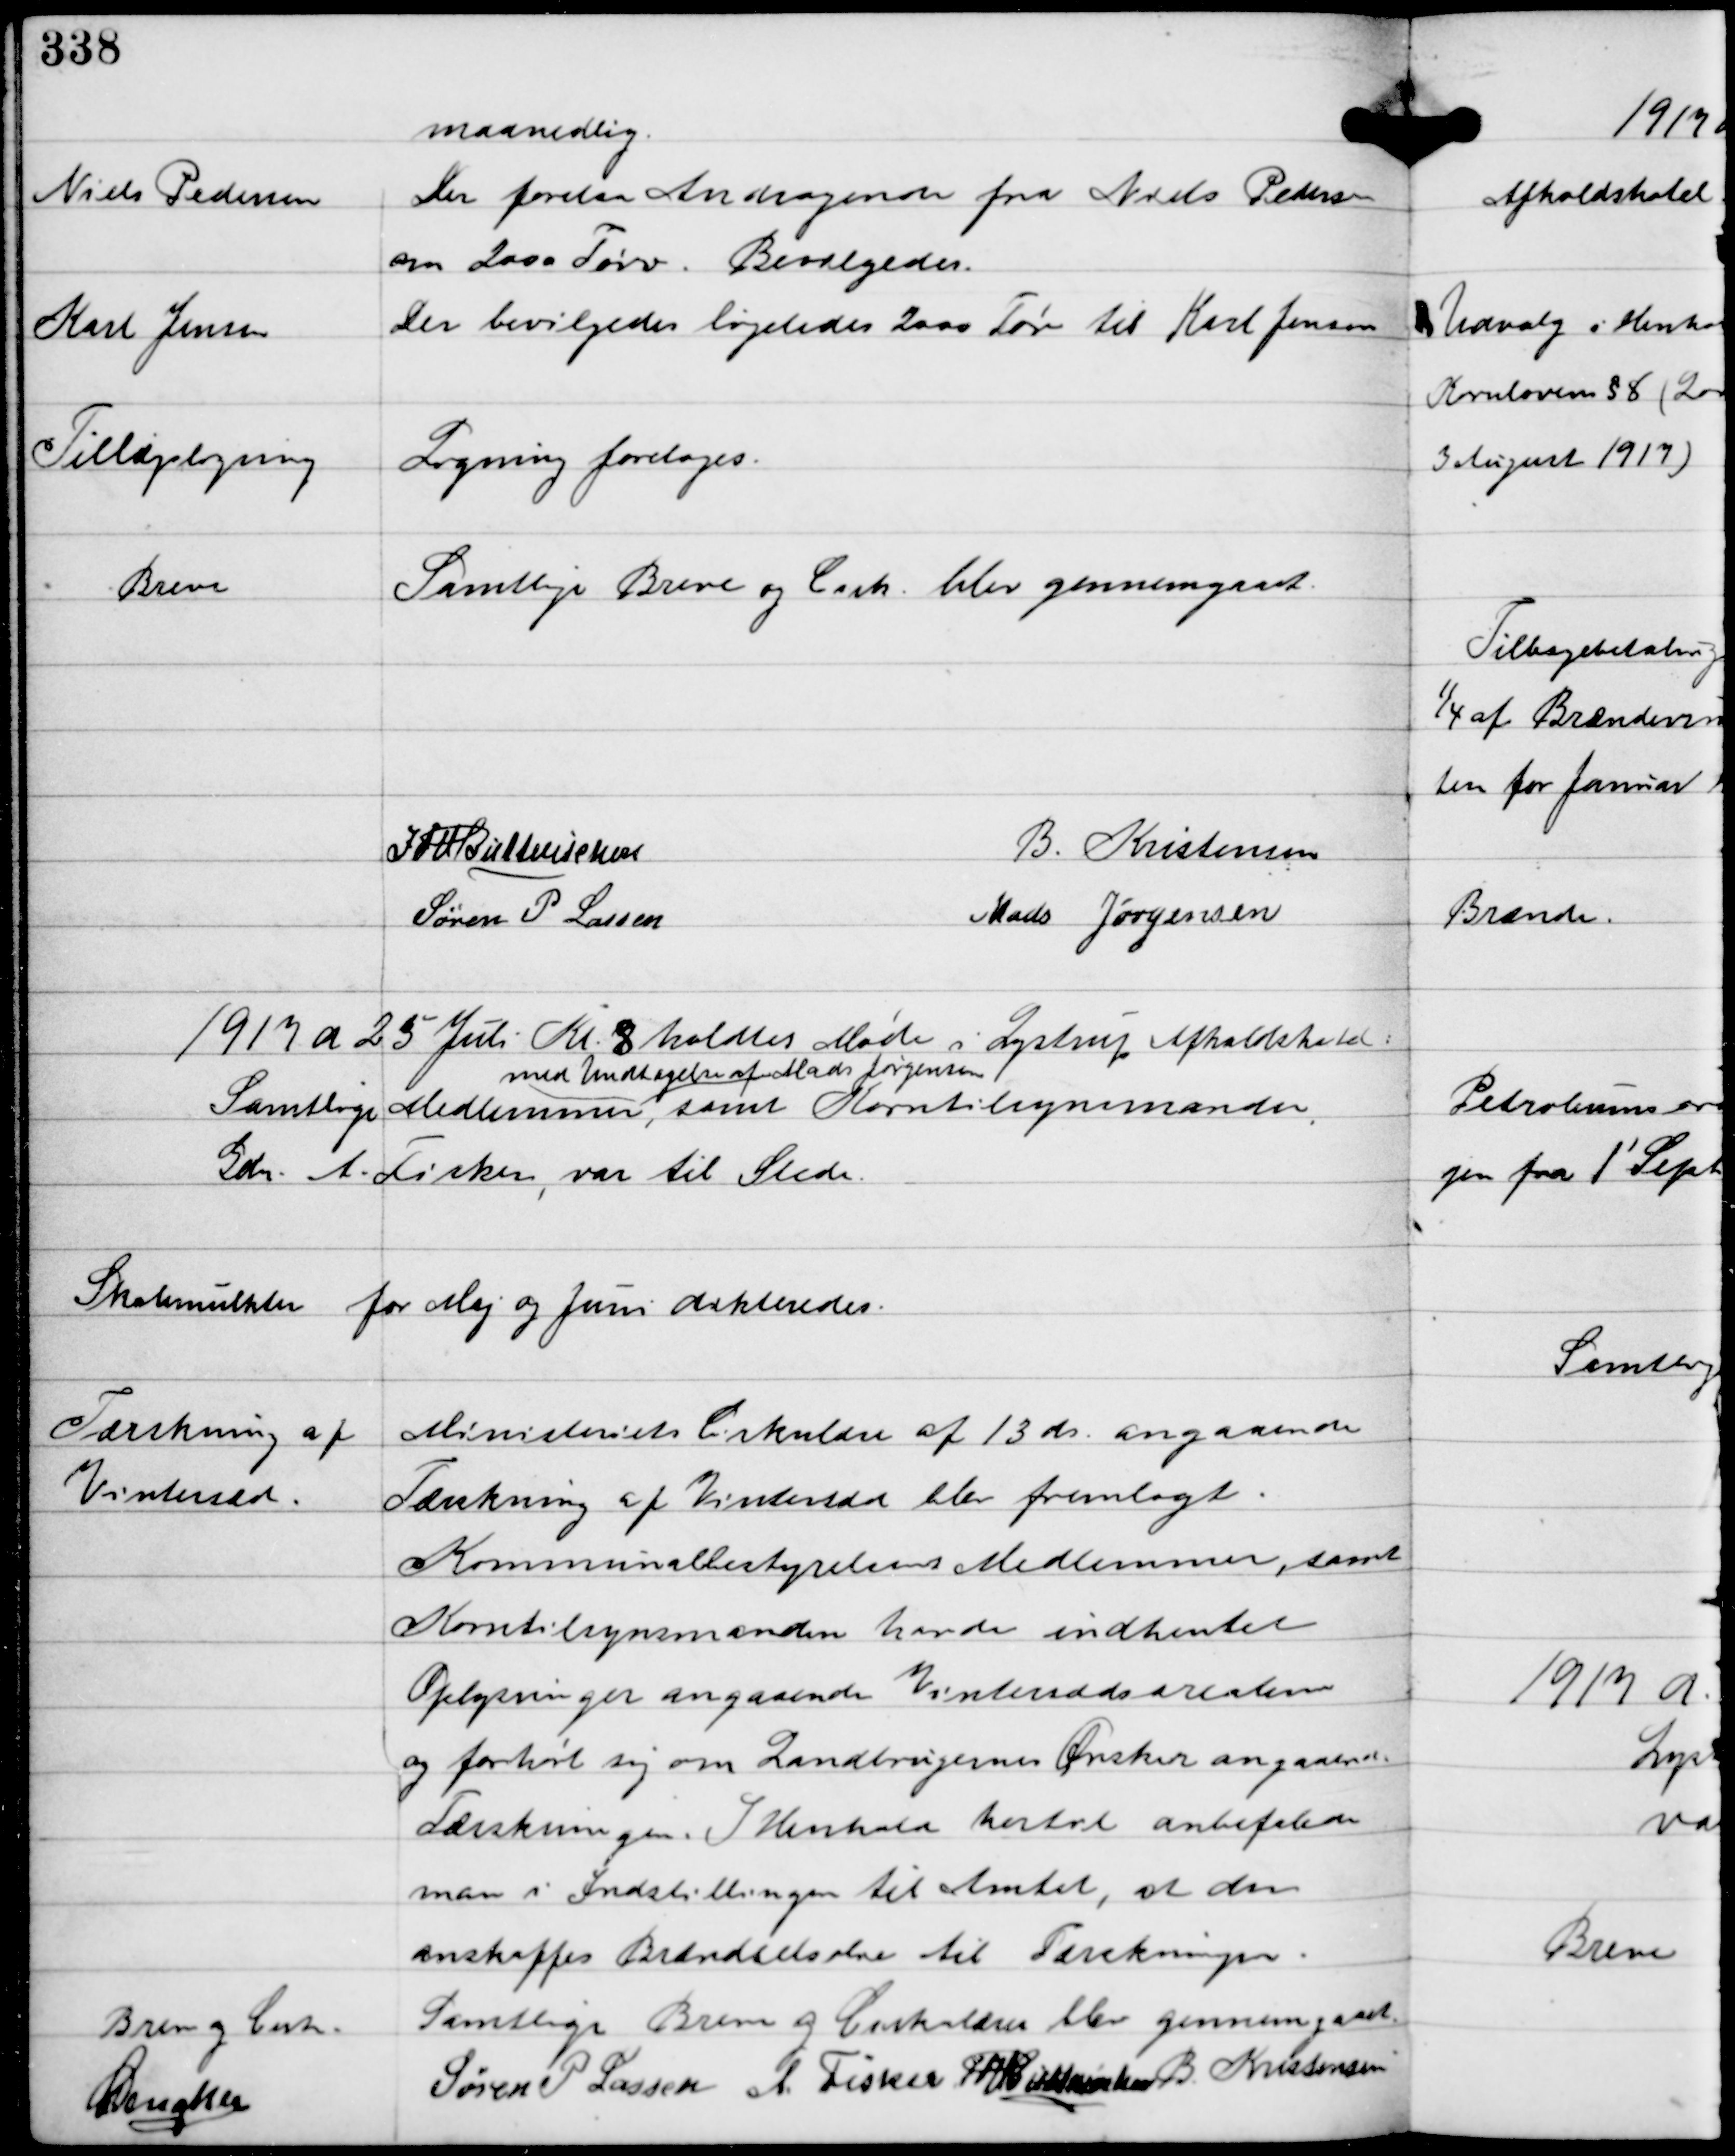
Transskription:
maanedlig

Niels Pedersen

Der forelaa Andragende fra Niels Pedersen
om 2000 Tørv. Bevilgedes.

Karl Jensen

Der bevilgedes ligeledes 2000 Tørv til Karl Jensen

Tillægsligning

Ligning foretoges.

Breve

Samtlige Breve og Cirk. blev gennemgaaet

IFV Buttenschøn
B. Kristensen
Søren P Lassen
Mads Jørgensen

1917 d 25 Juli Kl 8 holdtes Møde i Lystrup Afholdshotel.
Samtlige Medlemmer,
med Undtagelse af Mads Jørgensen
samt Korntilsynsmanden,
Gdr A. Fisker var til Stede

Skolemulkter for Maj og Juni dikteredes.

Tærskning af
Vintersæd

Ministeriets Cirkulære af 13 ds angaaende
Tærskning af Vintersæd blev fremlagt
Kommunalbestyrelsens Medlemmer, samt
Korntilsynsmanden havde indhentet
Oplysninger angaaende Vintermaanederne
og forhørte sig om Landbrugernes Ønsker angaaende
Tærskningen. I Henhold hertil anbefalede
man i Indstillingen til Amtet, at der
anskaffes Brændelsesolie til Tærskningen.

Breve og Cirk.

Samtlige Breve og Cirkulærer blev gennemgaaede

C Dencker

Søren P Lassen A. Fisker IFV Buttenschøn B Kristensen